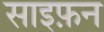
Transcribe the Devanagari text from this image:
साइफ़न